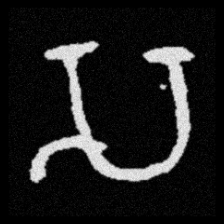
Pyu character \u2014 Myanmar letter: သ (romanized: sa)